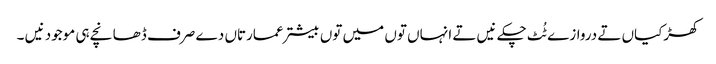
کھڑکیاں تے دروازے ٹُٹ چکے نیں تے انہاں تو‏ں میں تو‏ں بیشتر عمارتاں دے صرف ڈھانچے ہی موجود نیں ۔